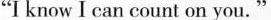
"I know I can count on you."